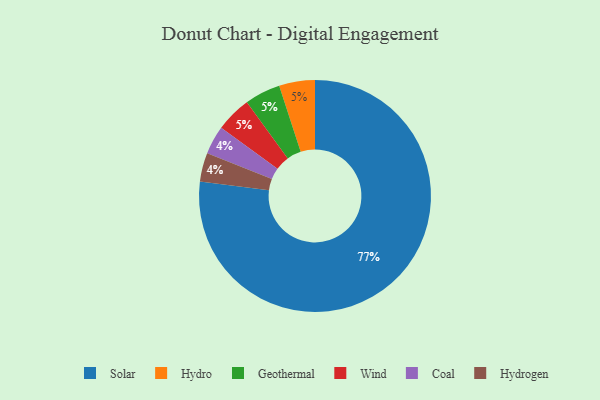
{"axis": {"x": "Category", "y": "Percentage"}, "legend": ["Coal", "Geothermal", "Hydro", "Hydrogen", "Solar", "Wind"], "data": [{"x": "Hydro", "y": 5, "type": "Hydro"}, {"x": "Coal", "y": 4, "type": "Coal"}, {"x": "Hydrogen", "y": 4, "type": "Hydrogen"}, {"x": "Geothermal", "y": 5, "type": "Geothermal"}, {"x": "Solar", "y": 77, "type": "Solar"}, {"x": "Wind", "y": 5, "type": "Wind"}]}